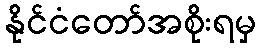
နိုင်ငံတော်အစိုးရမှ